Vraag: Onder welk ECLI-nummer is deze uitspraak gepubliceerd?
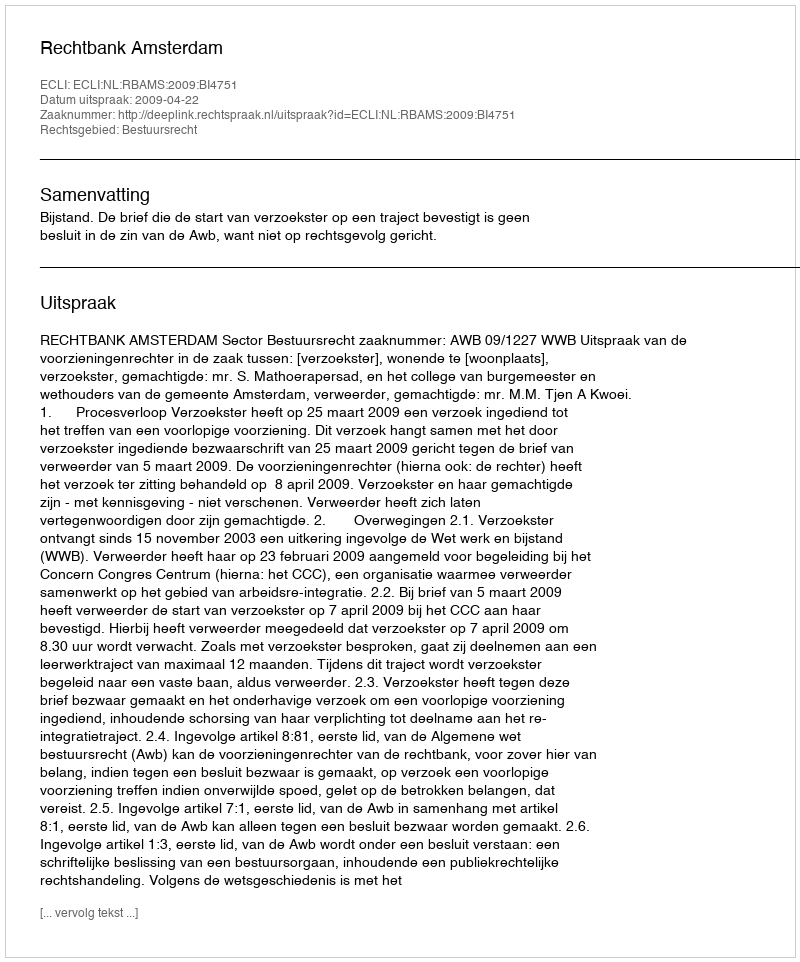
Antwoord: ECLI:NL:RBAMS:2009:BI4751